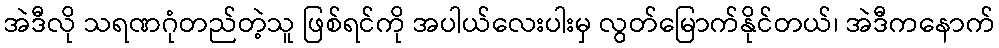
အဲဒီလို သရဏဂုံတည်တဲ့သူ ဖြစ်ရင်ကို အပါယ်လေးပါးမှ လွတ်မြောက်နိုင်တယ်၊ အဲဒီကနောက်